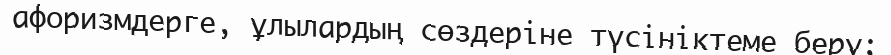
афоризмдерге, ұлылардың сөздеріне түсініктеме беру;